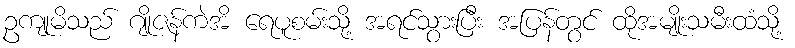
ဥကျုမိသည် ဂျိုဇန်ကဲအိ ရေပူစမ်းသို့ အရင်သွားပြီး အပြန်တွင် ထိုအမျိုးသမီးထံသို့